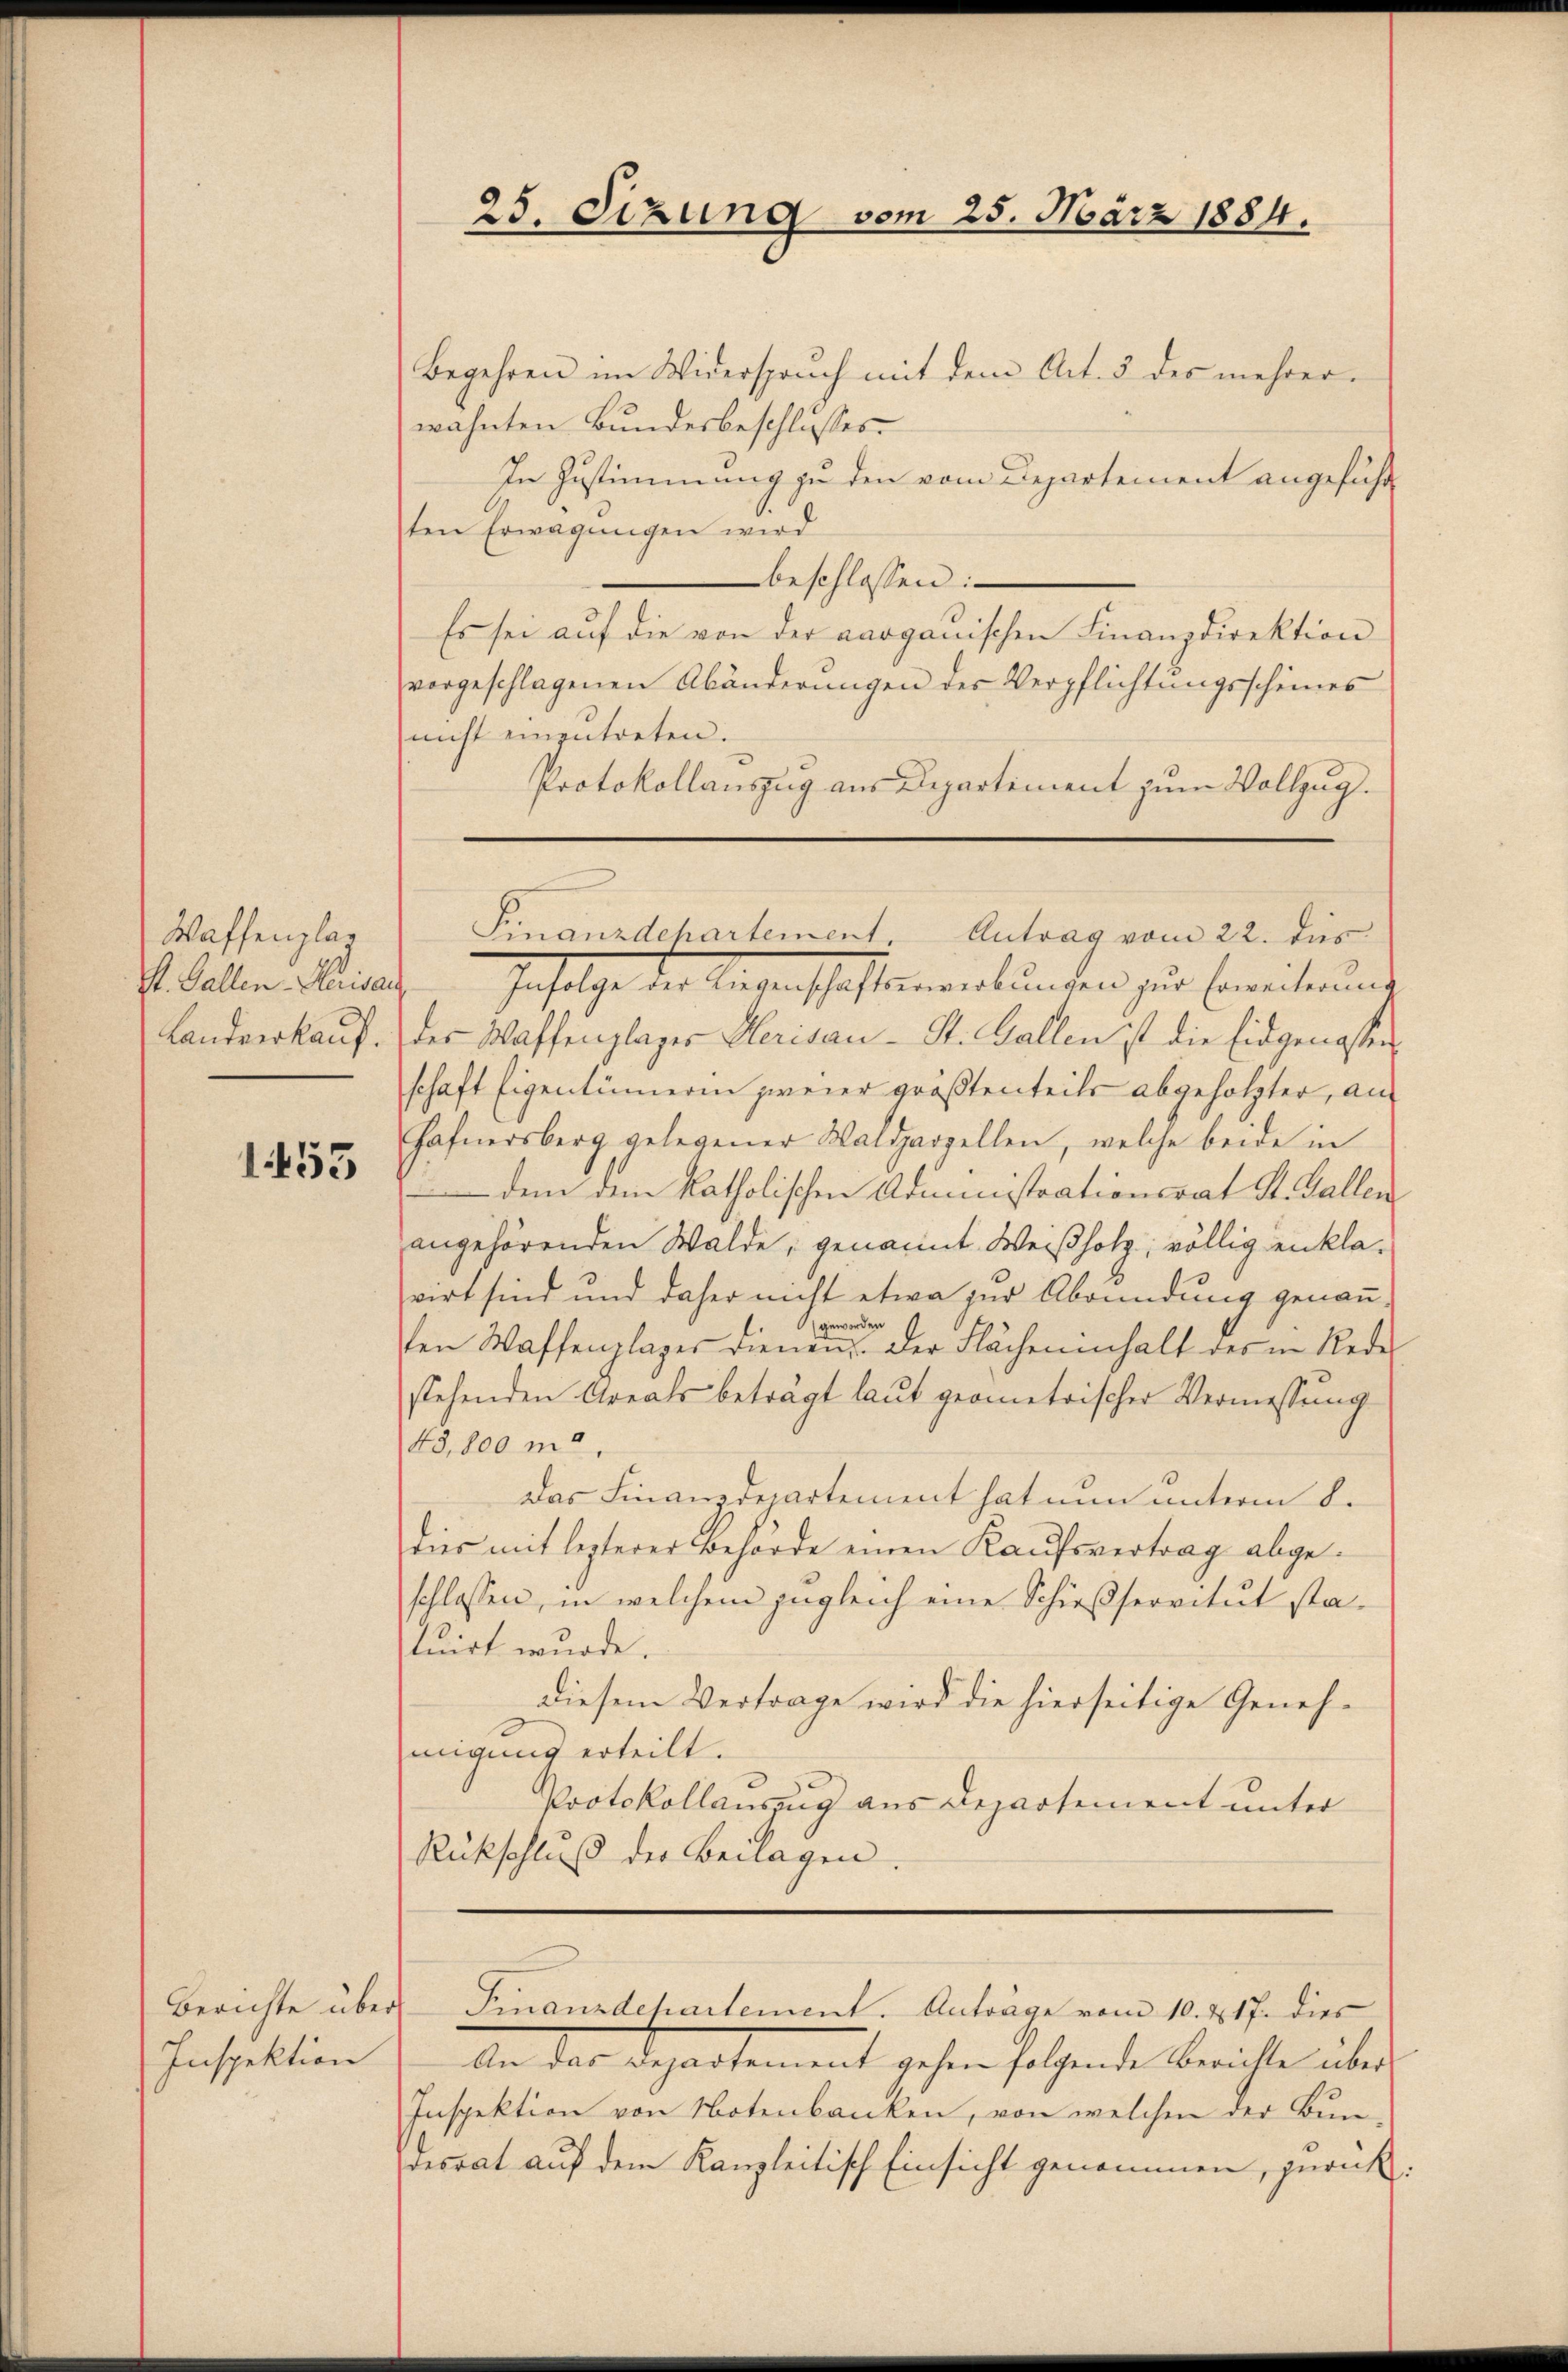
Waffenplag
St. Gallen-Herisau
Landverkauf.

1453

Berichte über
Inspektion

25. Sizung

Finanzdepartement. Antrag vom 22. des

Begehren im Widerspruch mit dem Art. 3 des mehrer-
wähnten Bundesbeschlusses
In Zustimmung zu den vom Departement angeführ
sten Erwägungen wird
beschlossen:
Es sei auf die von der aarganischen Finanzdirektion
vorgeschlagenen Abänderungen der Verpflichtungsscheines
nicht einzutreten.
Protokollauszug aus Departement zum Vollzug.
Infolge der Regenschaftemenkungen zur Erweiterung
der Waffenplager Herisau - St. Gallen ist die Eidgenossen
schaft Eigentümerin zweier größtenteils abgeholzter, an
Hafnersberg gelegener Waldparzellen, welche beide in
dem dem katholischen Administrationsrat St. Gallen
angehörenden Walde, genannt Weißholz; völlig enklavirt sind und daher nicht etwa zur Abründung genann-
geworden
ten Waffenplager dienen. Der Flächeninhalt des in Rede
stehenden Areals beträgt laut geometrischer Vermessung
48,800 m.
Das Finanzdepartement hat nun unterm 8.
dies mit leiterer Behörde einen Kaufsvertrag abgeschlossen, in welchem zugleich eine Schießservitut statuirt wurde.
diesem Vertrage wird die hierseitige Genehmigung erteilt.
Protokollauszug aus Departement unter
Rückschluß der Beilagen.

vom 25. März 1884.

Finanzdchartement. Anträge vom 10. 217. dies

An das Departement gehen folgende Berichte über
Inspektion von Notenbanken, von welchen der Bun-
desrat auf dem Kanzleitisch Einsicht genommen, zurück¬